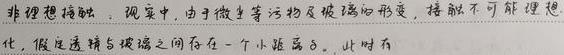
非理想接触：现实中，由于微尘等污染物及玻璃的形变，接触不可能理想化，假定透镜与玻璃之间存在一个小距离$h_{0}$，此时有